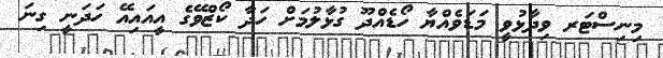
މިނިސްޓަރ ވިދާޅުވީ މަޑަވެއްޔާ ހޯޑެއްދޫ ގުޅާލުމަށް ހަދާ ކޯޒްވޭގެ އީއައިއޭ ހަދަނީ ގިނަ